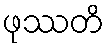
ဖုဿတိ